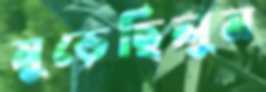
মুড়েছিলুম